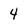
Character: 4